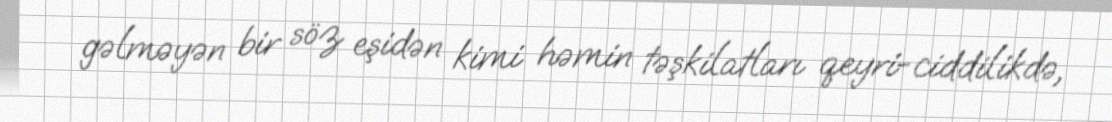
gəlməyən bir söz eşidən kimi həmin təşkilatları qeyri-ciddilikdə,